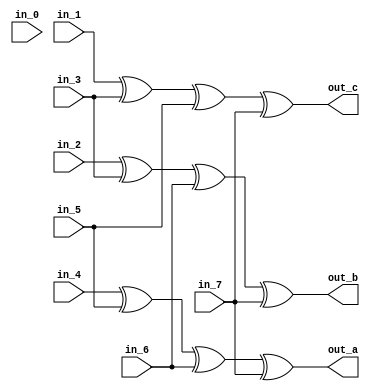
module encoder(
  in_0,
  in_1,
  in_2,
  in_3,
  in_4,
  in_5,
  in_6,
  in_7,
  out_a,
  out_b,
  out_c
);

input in_0;
input in_1;
input in_2;
input in_3;
input in_4;
input in_5;
input in_6;
input in_7;
output out_a;
output out_b;
output out_c;

assign out_a = in_4 ^ in_5 ^ in_6 ^ in_7;
assign out_b = in_2 ^ in_3 ^ in_6 ^ in_7;
assign out_c = in_1 ^ in_3 ^ in_5 ^ in_7;

endmodule